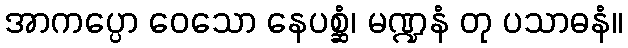
အာကပ္ပော ဝေသော နေပစ္ဆံ၊ မဏ္ဍနံ တု ပသာဓနံ။